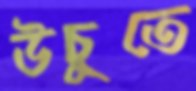
উচুতে